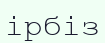
ірбіз